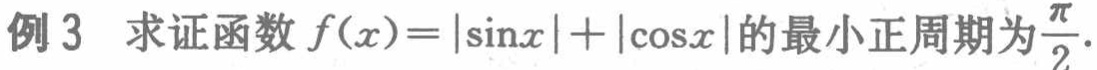
例 3  求证函数\(f(x)=|\sin x|+|\cos x|\)的最小正周期为\(\frac{\pi}{2}\).